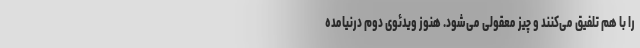
را با هم تلفیق می‌کنند و چیز معقولی می‌شود. هنوز ویدئوی دوم درنیامده